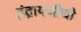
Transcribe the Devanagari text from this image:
इंद्रायणीची